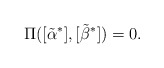
\begin{align*}\Pi([\tilde{\alpha}^*],[\tilde{\beta}^*]) = 0.\end{align*}